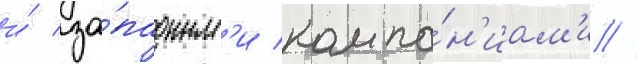
и́ за́падным'и компа́н'иам'и //